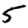
Digit: 5